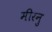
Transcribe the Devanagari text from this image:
मीरनु